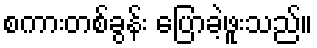
စကားတစ်ခွန်း ပြောခဲ့ဖူးသည်။